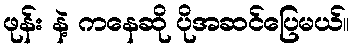
ဖုန်း နဲ့ ကနေဆို ပိုအဆင်ပြေမယ်။